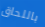
باللحاق